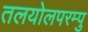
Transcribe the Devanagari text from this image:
तलयोलपरम्पु